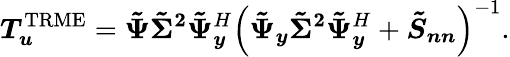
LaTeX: \boldsymbol{T}_{\boldsymbol{u}}^{\mathrm{TRME}}=\boldsymbol{\tilde{\Psi}}\boldsymbol{\tilde{\Sigma}^{2}}\boldsymbol{\tilde{\Psi}}_{\boldsymbol{y}}^{H}\left(\boldsymbol{\tilde{\Psi}_{y}}\boldsymbol{\tilde{\Sigma}^{2}}\boldsymbol{\tilde{\Psi}}_{\boldsymbol{y}}^{H}+\boldsymbol{\tilde{S}_{nn}}\right)^{-1}.